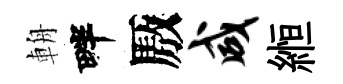
輈畔厫咸縆